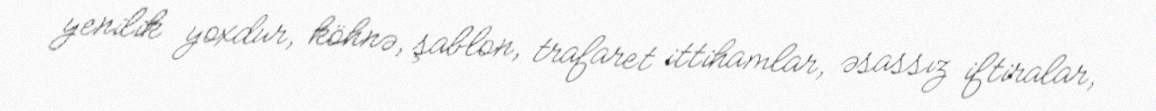
yenilik yoxdur, köhnə, şablon, trafaret ittihamlar, əsassız iftiralar,